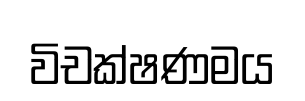
විචක්ෂණමය